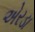
એરડા